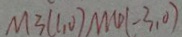
M 3 ( 1 , 0 ) M 4 ( - 3 , 0 )